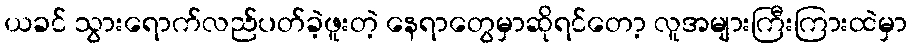
ယခင် သွားရောက်လည်ပတ်ခဲ့ဖူးတဲ့ နေရာတွေမှာဆိုရင်တော့ လူအများကြီးကြားထဲမှာ